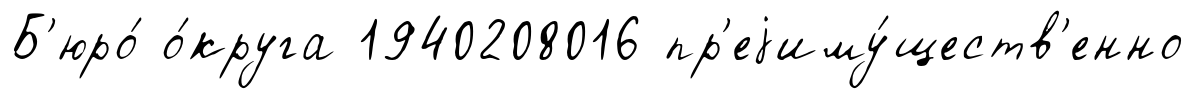
Б'юро́ о́круга 1940208016 пр'еjиму́ществ'енно